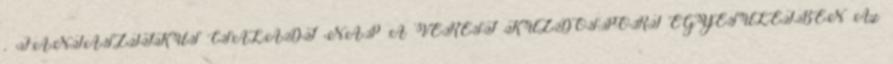
. FANTASZTIKUS CSALÁDI NAP A VERESI KÜZDŐSPORT EGYESÜLETBEN Az